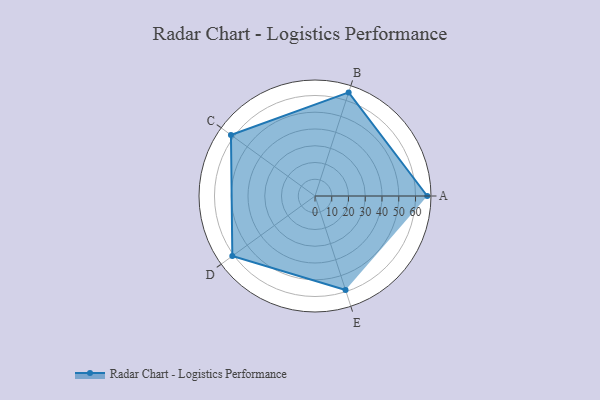
{"axis": {"x": "Skill", "y": "Score"}, "legend": ["Profile"], "data": [{"x": "A", "y": 67.0, "type": "Profile"}, {"x": "B", "y": 65.0, "type": "Profile"}, {"x": "C", "y": 62.0, "type": "Profile"}, {"x": "D", "y": 61.0, "type": "Profile"}, {"x": "E", "y": 59.0, "type": "Profile"}]}